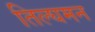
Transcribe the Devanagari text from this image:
तिल्घमन